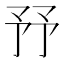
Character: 㐨